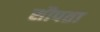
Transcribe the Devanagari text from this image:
सौपता